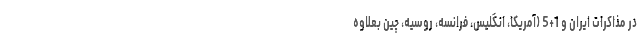
در مذاکرات ایران و 1+5 (آمریکا، انگلیس، فرانسه، روسیه، چین بعلاوه